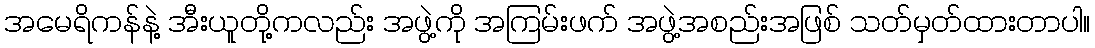
အမေရိကန်နဲ့ အီးယူတို့ကလည်း အဖွဲ့ကို အကြမ်းဖက် အဖွဲ့အစည်းအဖြစ် သတ်မှတ်ထားတာပါ။